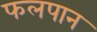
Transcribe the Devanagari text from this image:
फलपान